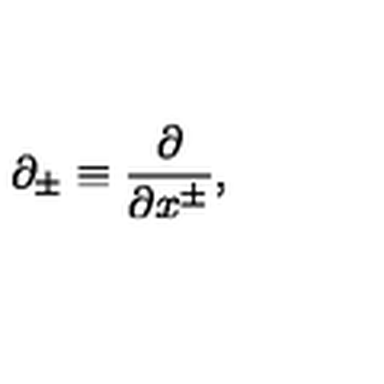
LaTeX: \partial _ { \pm } \equiv \frac { \partial } { \partial x ^ { \pm } } , \nonumber